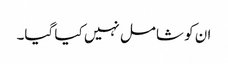
ان کو شامل نہیں کیا گیا۔